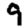
Digit: 9